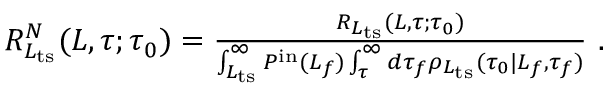
\begin{array} { r } { R _ { L _ { \mathrm { t s } } } ^ { N } ( L , \tau ; \tau _ { 0 } ) = \frac { R _ { L _ { \mathrm { t s } } } ( L , \tau ; \tau _ { 0 } ) } { \int _ { L _ { \mathrm { t s } } } ^ { \infty } P ^ { \mathrm { i n } } ( L _ { f } ) \int _ { \tau } ^ { \infty } d \tau _ { f } \rho _ { L _ { \mathrm { t s } } } ( \tau _ { 0 } | L _ { f } , \tau _ { f } ) } \ . } \end{array}